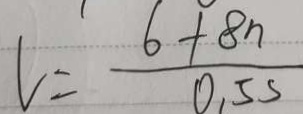
V = \frac { 6 + 8 n } { 0 . 5 s }